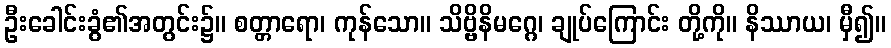
ဦးခေါင်းခွံ၏အတွင်း၌။ စတ္တာရော၊ ကုန်သော။ သိဗ္ဗိနိမဂ္ဂေ၊ ချုပ်ကြောင်း တို့ကို။ နိဿာယ၊ မှီ၍။